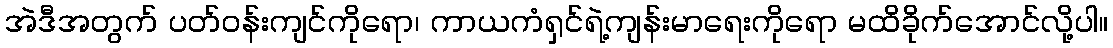
အဲဒီအတွက် ပတ်၀န်းကျင်ကိုရော၊ ကာယကံရှင်ရဲ့ကျန်းမာရေးကိုရော မထိခိုက်အောင်လို့ပါ။